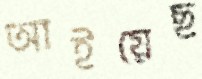
আইয়েছ